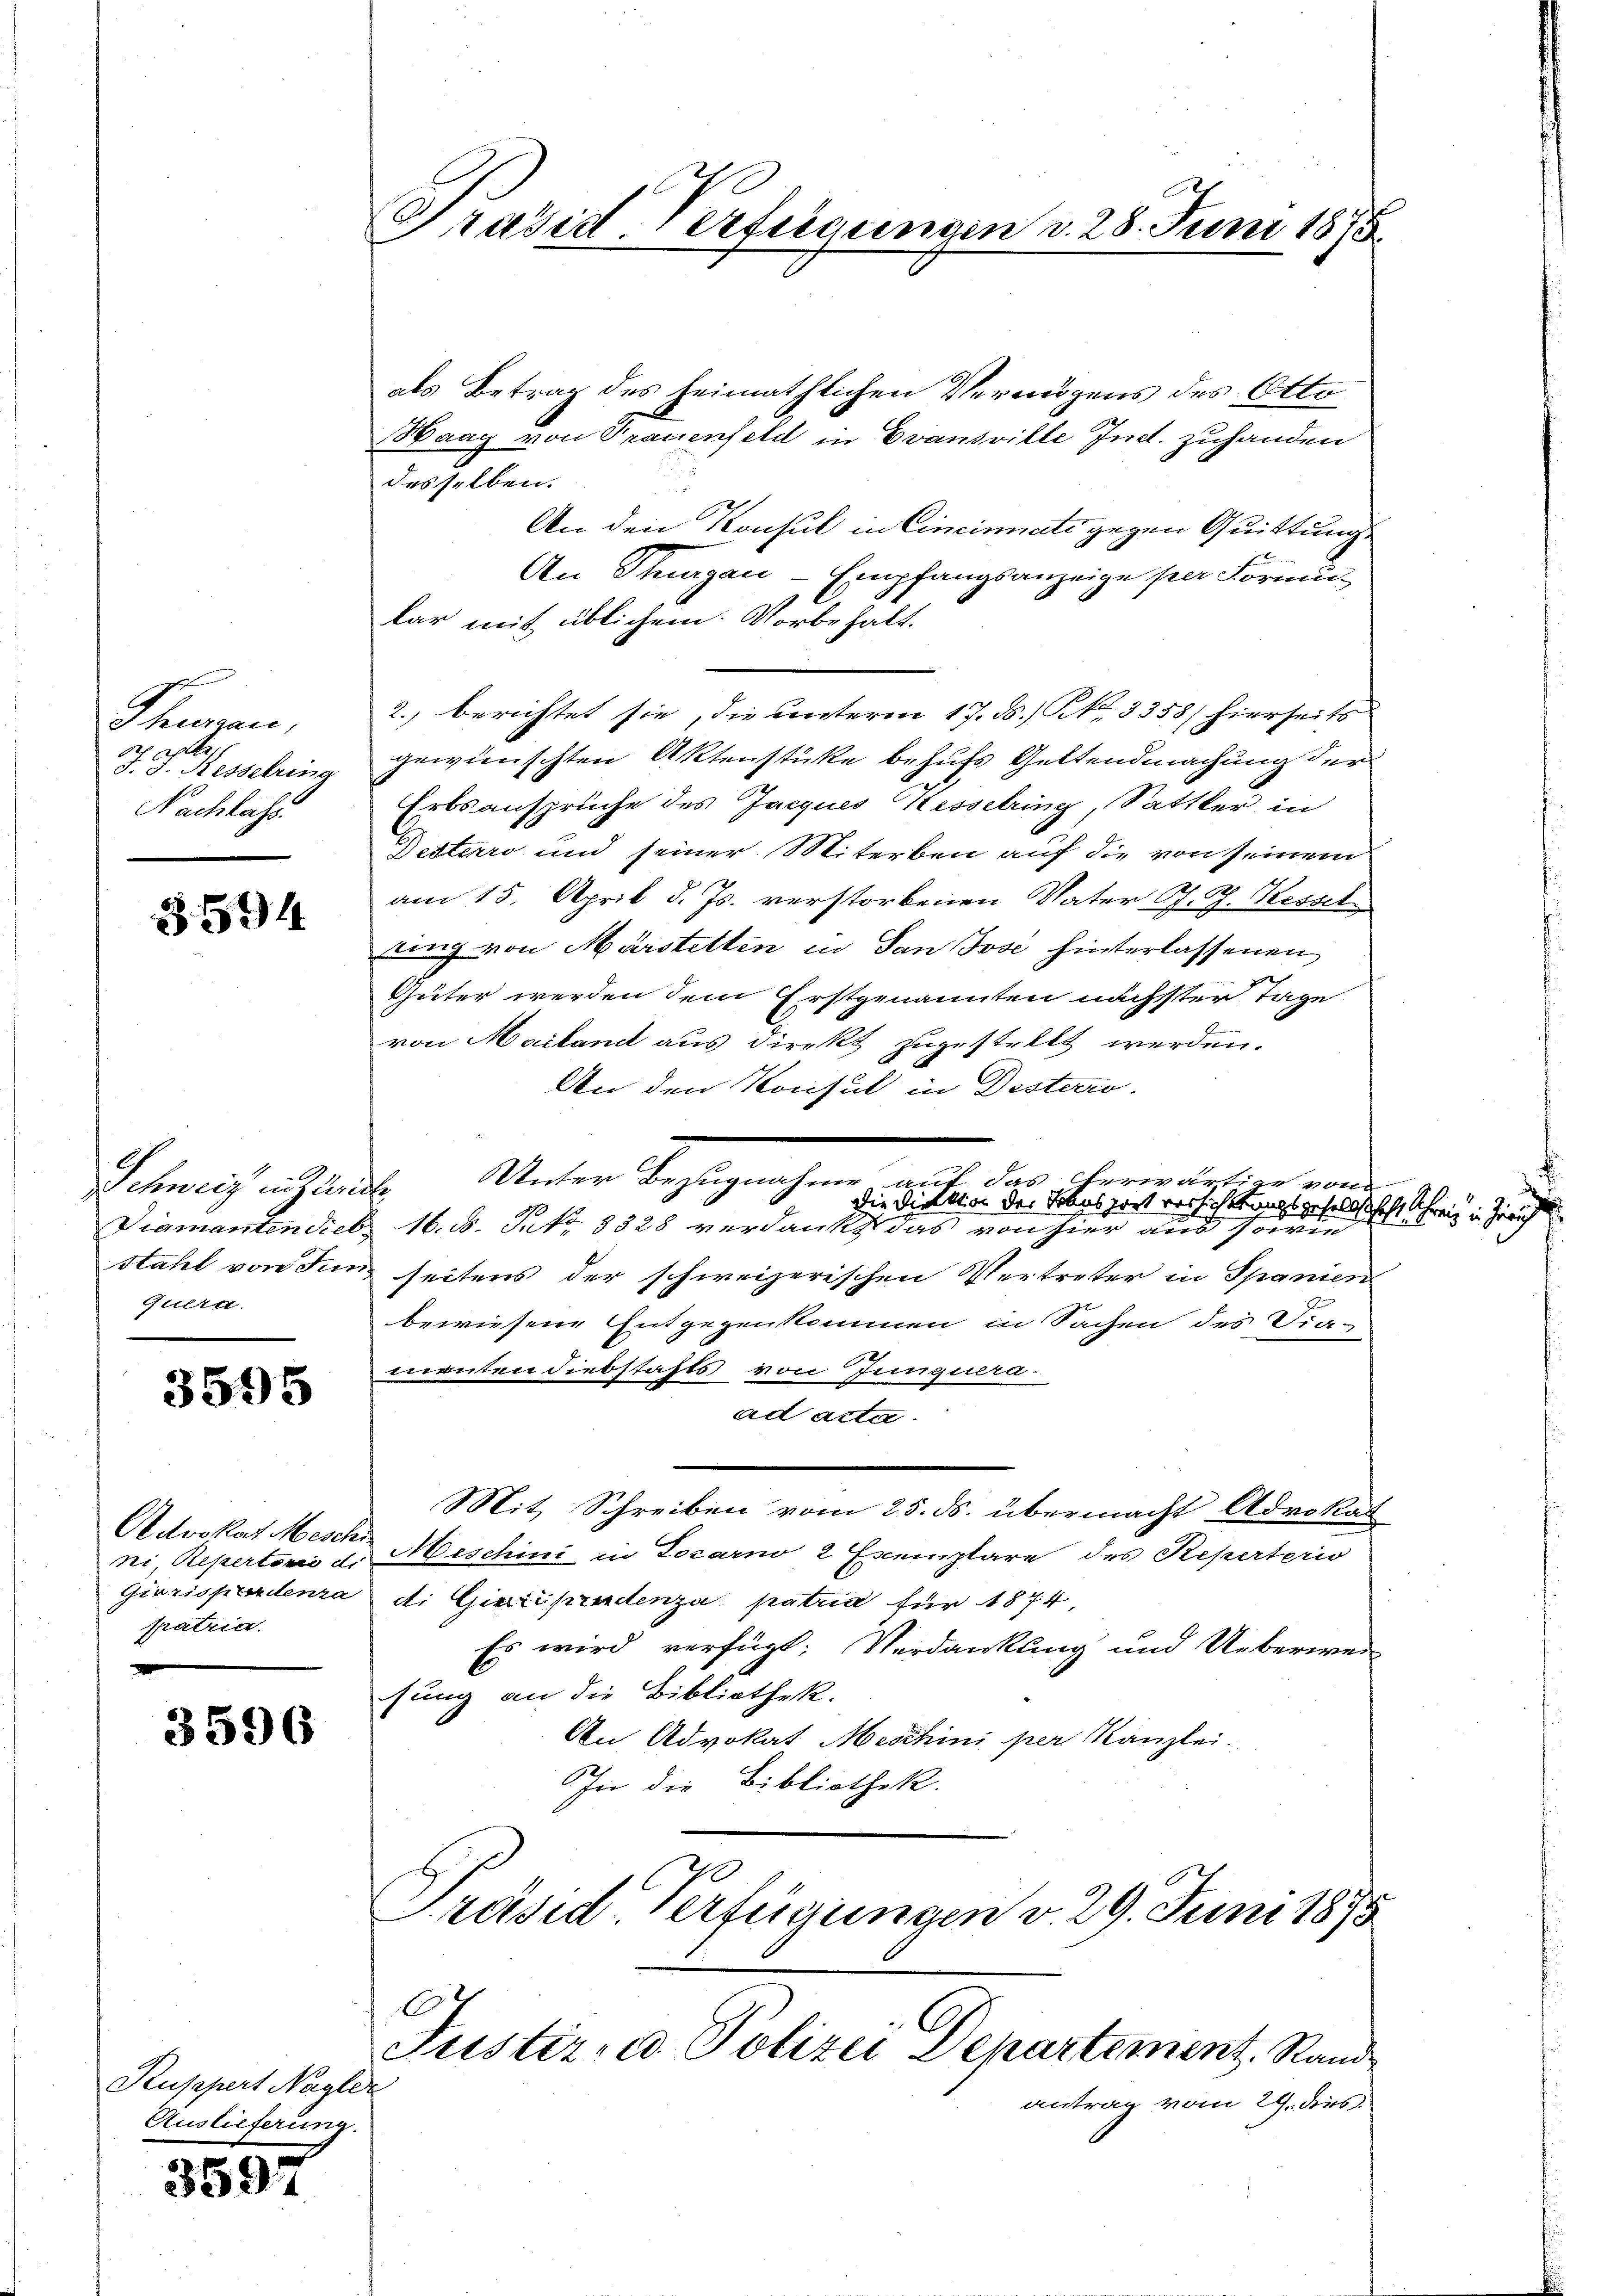
Scheuren,
ser alle
J. J. Kesselring
Nachlass

3594

fuera

3595

Advokat Mesch
ni Repertorii d.
Giazispendenza
patria.

3596

Kuppert Naglic
Auslieferung.

3597

Präsid Verfügungen d. 28. Juni 1875

als Betrag des heimathlichen Vermögens des Otto
HHaag von Trauenfeld in Evansville Ind. zuhanden
desselben.
An den Konsul in Cincinati gegen Quittung
An Thurgau - Empfangsanzeige per Förmukar mit üblichem Vorbehalt.
2. berichtet sie, die unterm 17. d. S. 3358) hierseits
gewünschten Aktenstücke behufs Geltendmachung der
Erbsansprüche des Jacques Kesselring, Sattler in
Desterro und seiner Miterben auf die von seinem
Sch e
am 15. April d. Js. verstorbenen Vater C. R. Kessel
ung von Märstetten in San Jose hinterlassenen
Güter werden dem Erstgenannten nächster Tage
von Mailand aus direkt zugestellt werden.
An den Konsul in Desterro
Schmeich auch heute. Unter Bezugnahme auf das Geradester ande
Die Direktion der Tobasport vorsichttungsgesellst sicht Schreiz in Frauch
Diamanten dieb. 16. d. Petr. 3328 verdankt das von hier aus sowie
stahl von Jun seitens der schweizerischen Vertreter in Spanien
bewiesene Entgegenkommen in Sachen des Dia-
mruten diebstafts von Junquera-
ad acta.
Mit Schreiben vom 25. ds. übermacht Advokat
Meschini in Locarno 2 Exemplare des Reperterio
di Gisripendenza patria für 1874,
Es wird verfügt: Verdankung und Ueberwei
sung an die Bibliothek.
An Advokat Meschini per Kanzlei.
In die Bibliothek.
Präsid. Verfügungen v. 29. Juni 1875

E

Justiz und Polizei Departement. Rand
antrag vom 29. dies